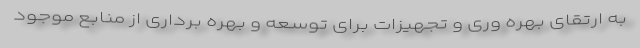
به ارتقای بهره وری و تجهیزات برای توسعه و بهره برداری از منابع موجود